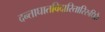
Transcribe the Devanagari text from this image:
दन्ताघातविदारितारिरुधिरैः